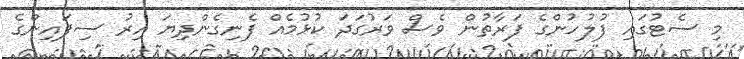
މި ސެޓުގައި ފުލުހުންގެ ފަރާތުން ވެސް ވަރުގަދަ ކުޅުމެއް ފެނިގެންދިޔަ އިރު ސިފައިންގެ